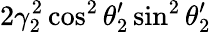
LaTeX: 2\gamma_{2}^{2}\cos^{2}\theta_{2}^{\prime}\sin^{2}\theta_{2}^{\prime}